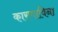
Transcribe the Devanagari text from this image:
कारणाविना